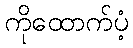
ကိုထောက်ပံ့